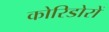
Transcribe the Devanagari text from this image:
कोरिडोरों